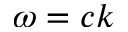
\omega = c k